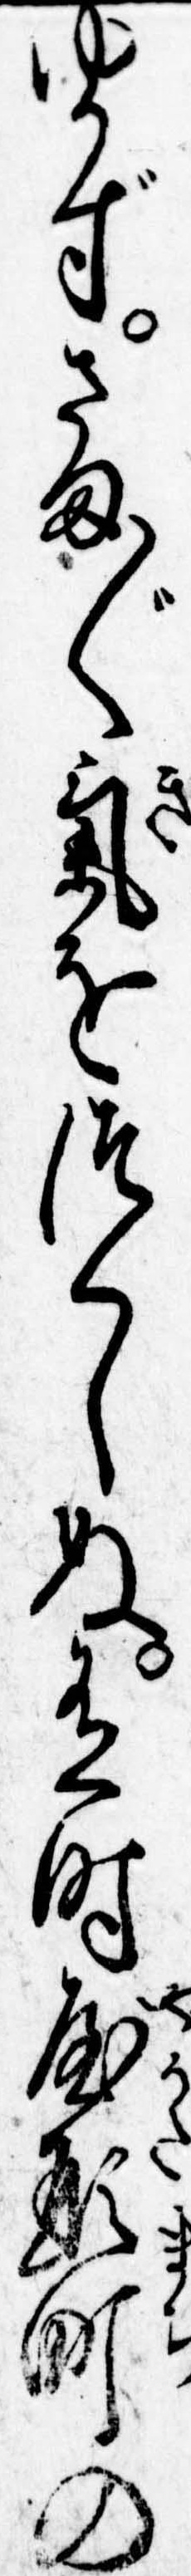
ゆかずさま〲気をつくしぬ有時屋形町の